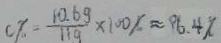
C \% = \frac { 1 0 . 6 g } { 1 1 g } \times 1 0 0 \% \approx 9 6 . 4 \%